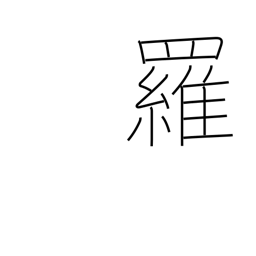
Meaning: gauze